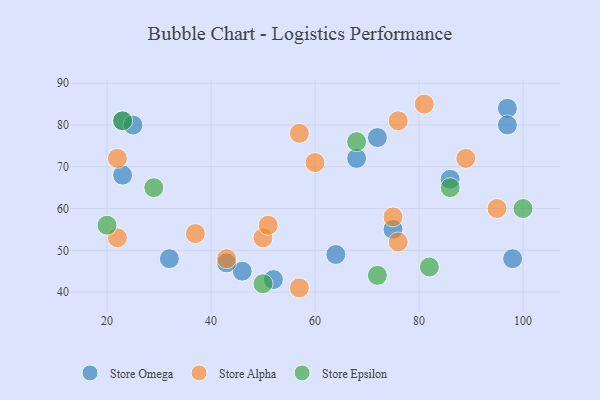
{"axis": {"x": "GDP", "y": "Life Expectancy"}, "legend": ["Store Alpha", "Store Epsilon", "Store Omega"], "data": [{"x": "52", "y": 43, "type": "Store Omega"}, {"x": "72", "y": 77, "type": "Store Omega"}, {"x": "23", "y": 68, "type": "Store Omega"}, {"x": "86", "y": 67, "type": "Store Omega"}, {"x": "98", "y": 48, "type": "Store Omega"}, {"x": "23", "y": 81, "type": "Store Omega"}, {"x": "46", "y": 45, "type": "Store Omega"}, {"x": "25", "y": 80, "type": "Store Omega"}, {"x": "75", "y": 55, "type": "Store Omega"}, {"x": "64", "y": 49, "type": "Store Omega"}, {"x": "68", "y": 72, "type": "Store Omega"}, {"x": "97", "y": 84, "type": "Store Omega"}, {"x": "43", "y": 47, "type": "Store Omega"}, {"x": "97", "y": 80, "type": "Store Omega"}, {"x": "32", "y": 48, "type": "Store Omega"}, {"x": "76", "y": 81, "type": "Store Alpha"}, {"x": "43", "y": 48, "type": "Store Alpha"}, {"x": "75", "y": 58, "type": "Store Alpha"}, {"x": "22", "y": 53, "type": "Store Alpha"}, {"x": "50", "y": 53, "type": "Store Alpha"}, {"x": "51", "y": 56, "type": "Store Alpha"}, {"x": "57", "y": 78, "type": "Store Alpha"}, {"x": "60", "y": 71, "type": "Store Alpha"}, {"x": "57", "y": 41, "type": "Store Alpha"}, {"x": "22", "y": 72, "type": "Store Alpha"}, {"x": "89", "y": 72, "type": "Store Alpha"}, {"x": "76", "y": 52, "type": "Store Alpha"}, {"x": "95", "y": 60, "type": "Store Alpha"}, {"x": "81", "y": 85, "type": "Store Alpha"}, {"x": "37", "y": 54, "type": "Store Alpha"}, {"x": "20", "y": 56, "type": "Store Epsilon"}, {"x": "29", "y": 65, "type": "Store Epsilon"}, {"x": "82", "y": 46, "type": "Store Epsilon"}, {"x": "50", "y": 42, "type": "Store Epsilon"}, {"x": "86", "y": 65, "type": "Store Epsilon"}, {"x": "68", "y": 76, "type": "Store Epsilon"}, {"x": "72", "y": 44, "type": "Store Epsilon"}, {"x": "23", "y": 81, "type": "Store Epsilon"}, {"x": "100", "y": 60, "type": "Store Epsilon"}]}